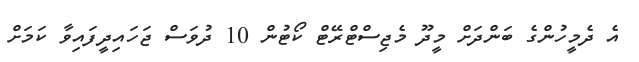
އެ ދެމީހުންގެ ބަންދަށް މީދޫ މެޖިސްޓްރޭޓް ކޯޓުން 10 ދުވަސް ޖަހައިދީފައިވާ ކަމަށް